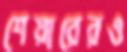
শেয়ারেরও